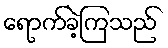
ရောက်ခဲ့ကြသည်